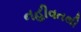
નહીવતથી